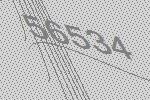
56534